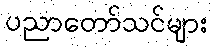
ပညာတော်သင်များ